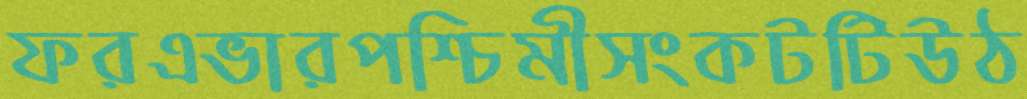
ফরএভারপশ্চিমীসংকটটিউঠ